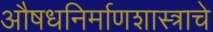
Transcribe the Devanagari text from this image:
औषधनिर्माणशास्त्राचे